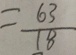
= \frac { 6 3 } { 1 8 }